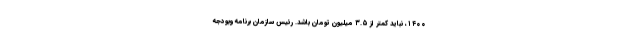
۱۴۰۰، نباید کمتر از ۳.۵ میلیون تومان باشد. رئیس سازمان برنامه وبودجه